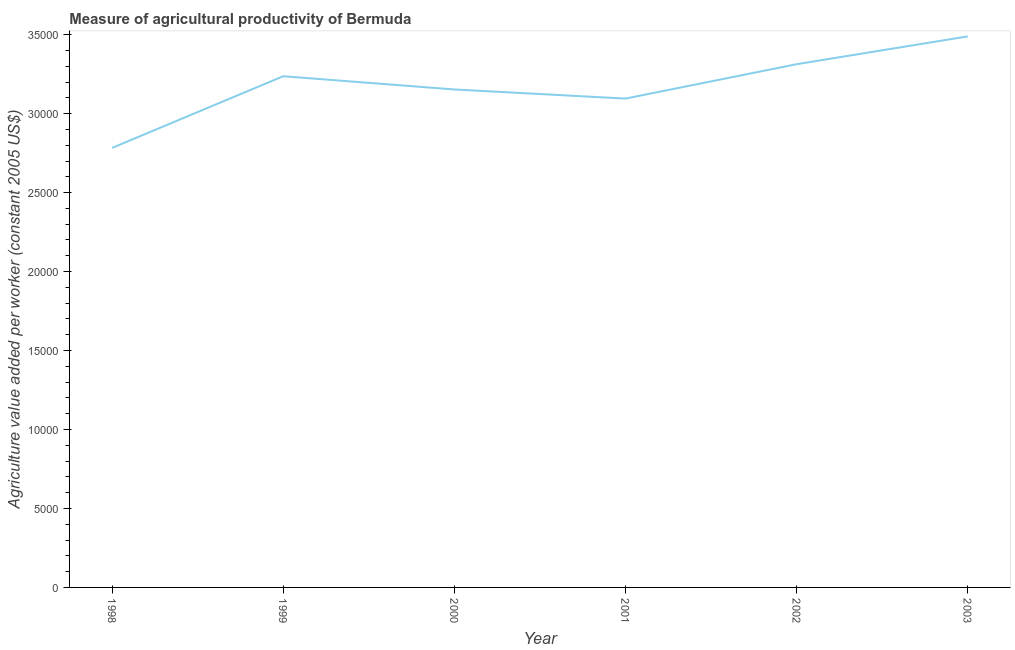
| Year | Agriculture value added per worker |
 | --- | --- |
 | 1998 | 2.78e+04 |
 | 1999 | 3.24e+04 |
 | 2000 | 3.15e+04 |
 | 2001 | 3.1e+04 |
 | 2002 | 3.31e+04 |
 | 2003 | 3.49e+04 |